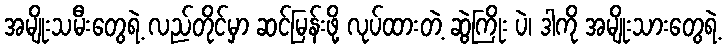
အမျိုးသမီးတွေရဲ့ လည်တိုင်မှာ ဆင်မြန်းဖို့ လုပ်ထားတဲ့ ဆွဲကြိုး ပဲ၊ ဒါကို အမျိုးသားတွေရဲ့